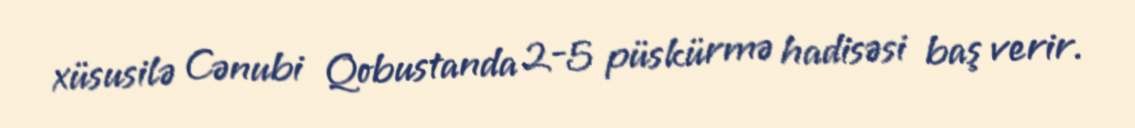
xüsusilə Cənubi Qobustanda 2-5 püskürmə hadisəsi baş verir.